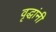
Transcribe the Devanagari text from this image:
वृद्धांनी